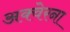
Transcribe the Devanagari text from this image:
अक्वेरना